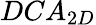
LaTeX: DCA_{2D}